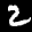
Label: 2